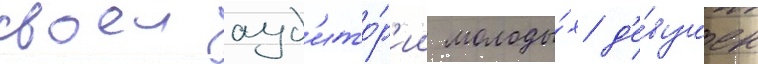
своеи ауд'ито́р'ии молоды́х д'е́вушек